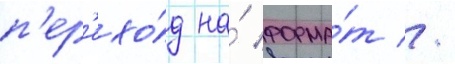
п'ер'ехо́д на́ форма́т //